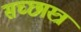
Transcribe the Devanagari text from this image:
सच्छास्त्र